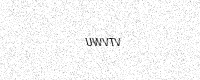
Text: UWVTV